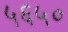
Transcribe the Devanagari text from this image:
५६५०